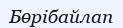
Бөрібайлап